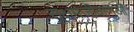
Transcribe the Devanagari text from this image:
सूक्षमजीवाणुओं